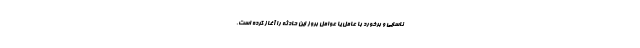
ناسایی و برخورد با عامل یا عوامل بروز این حادثه را آغاز کرده است.